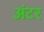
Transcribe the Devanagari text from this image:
अंटर